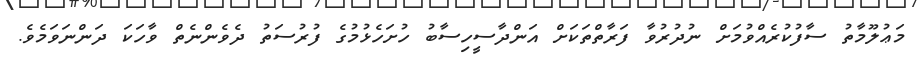
މަޢުލޫމާތު ސާފުކުރެއްވުމަށް ނުދުރުވާ ފަރާތްތަކަށް އަންދާސީހިސާބު ހުށަހެޅުމުގެ ފުރުސަތު ދެވެންނެތް ވާހަކަ ދަންނަވަމެވެ.